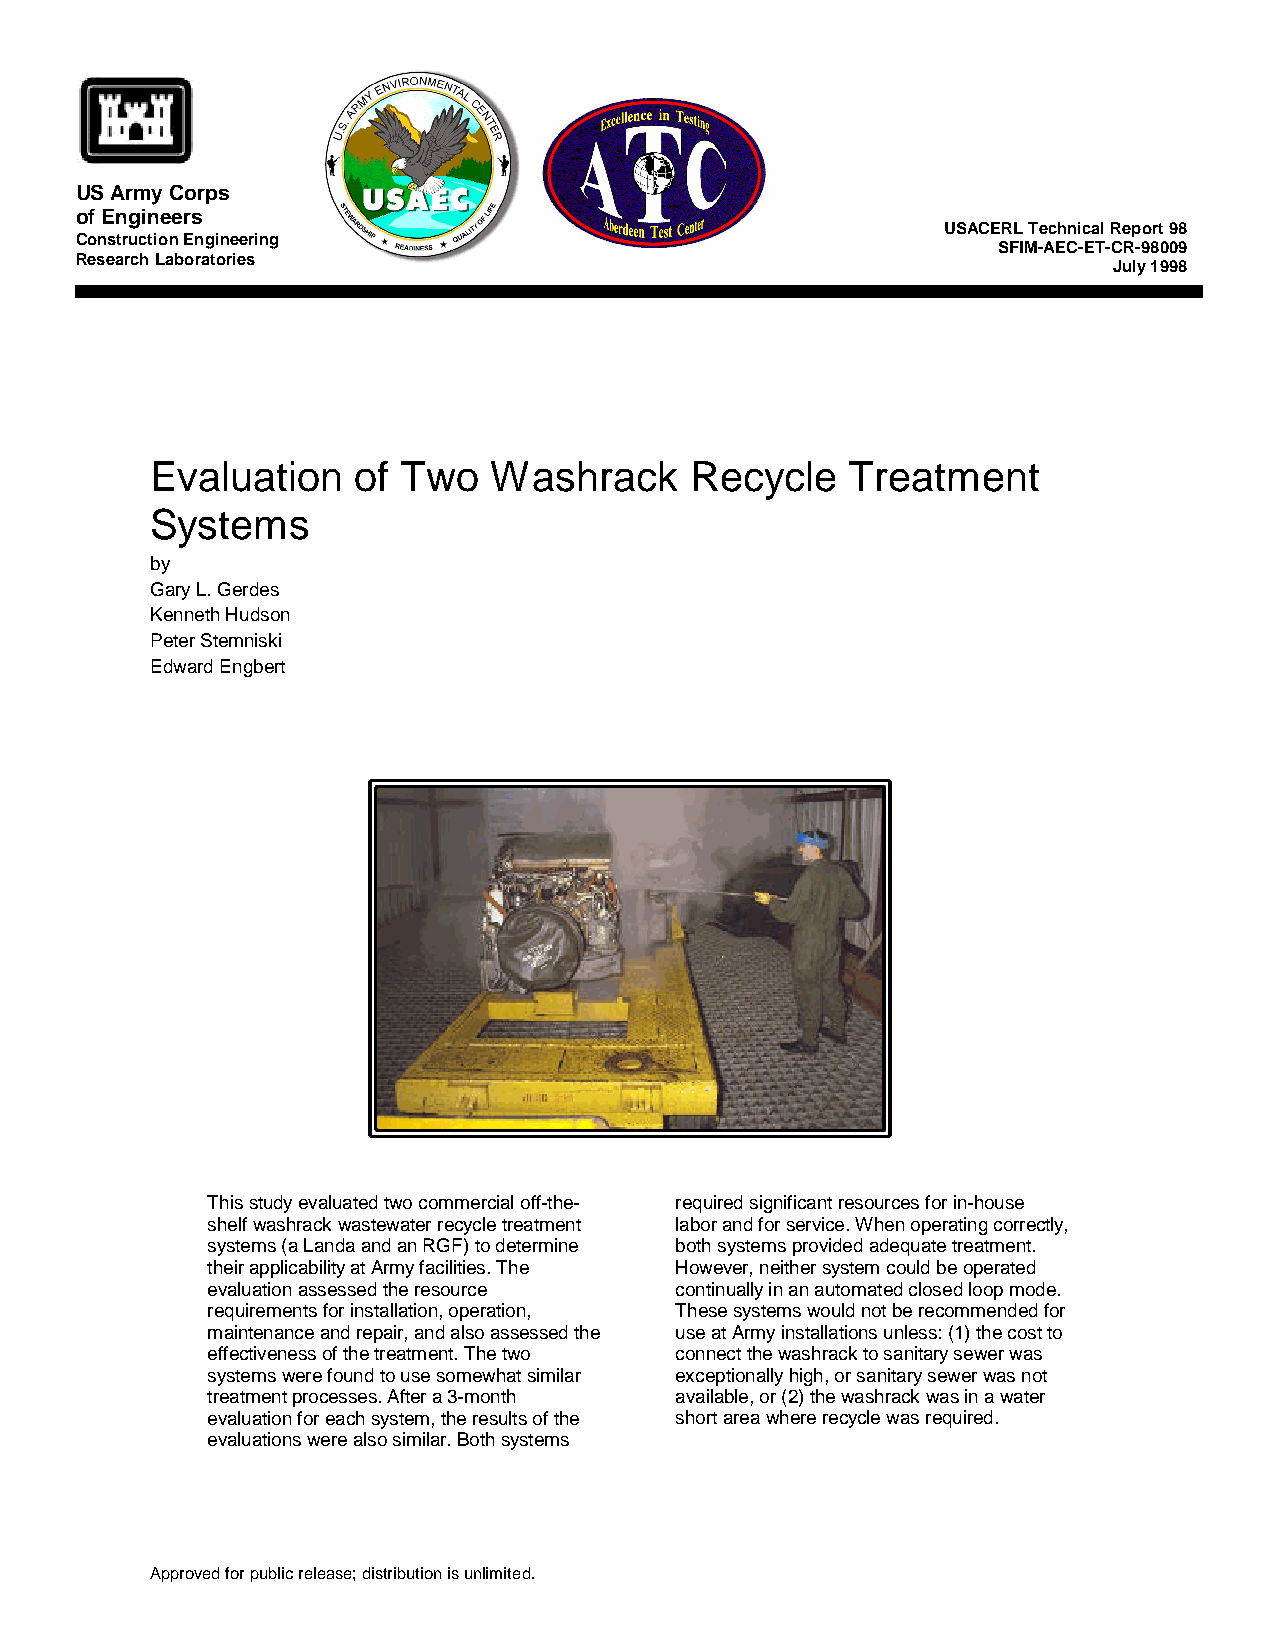
US Army Corps
 of Engineers
 USACERL Technical Report 98
 Construction Engineering
 SFIM-AEC-ET-CR-98009
 Research Laboratories
 July 1998
 Evaluation    of Two   Washrack     Recycle   Treatment
 Systems
 by
 Gary L. Gerdes
 Kenneth Hudson
 Peter Stemniski
 Edward Engbert
 This study evaluated two commercial off-the- required significant resources for in-house
 shelf washrack wastewater recycle treatment labor and for service. When operating correctly,
 systems (a Landa and an RGF) to determine both systems provided adequate treatment.
 their applicability at Army facilities. The However, neither system could be operated
 evaluation assessed the resource continually in an automated closed loop mode.
 requirements for installation, operation, These systems would not be recommended for
 maintenance and repair, and also assessed the use at Army installations unless: (1) the cost to
 effectiveness of the treatment. The two connect the washrack to sanitary sewer was
 systems were found to use somewhat similar exceptionally high, or sanitary sewer was not
 treatment processes. After a 3-month available, or (2) the washrack was in a water
 evaluation for each system, the results of the short area where recycle was required.
 evaluations were also similar. Both systems
 Approved for public release; distribution is unlimited.